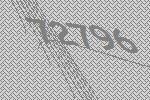
72796